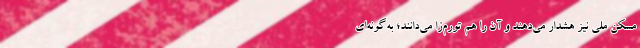
مسکن ملی نیز هشدار می‌دهند و آن را هم تورم‌زا می‌دانند؛ به‌گونه‌ای